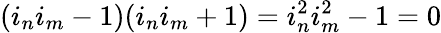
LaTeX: (i_{n}i_{m}-1)(i_{n}i_{m}+1)=i_{n}^{2}i_{m}^{2}-1=0